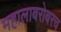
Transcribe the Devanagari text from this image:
महालाबरोबरच